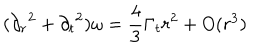
( { \partial _ { r } } ^ { 2 } + { \partial _ { t } } ^ { 2 } ) \omega = \frac { 4 } { 3 } \Gamma _ { t } r ^ { 2 } + O ( r ^ { 3 } )